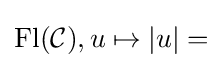
\operatorname {Fl} ({\mathcal {C}}),u\mapsto |u|=